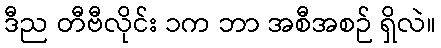
ဒီည တီဗီလိုင်း ၁က ဘာ အစီအစဉ် ရှိလဲ။